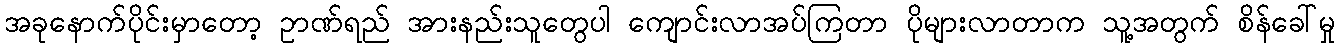
အခုနောက်ပိုင်းမှာတော့ ဥာဏ်ရည် အားနည်းသူတွေပါ ကျောင်းလာအပ်ကြတာ ပိုများလာတာက သူ့အတွက် စိန်ခေါ်မှု